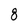
Character: 8